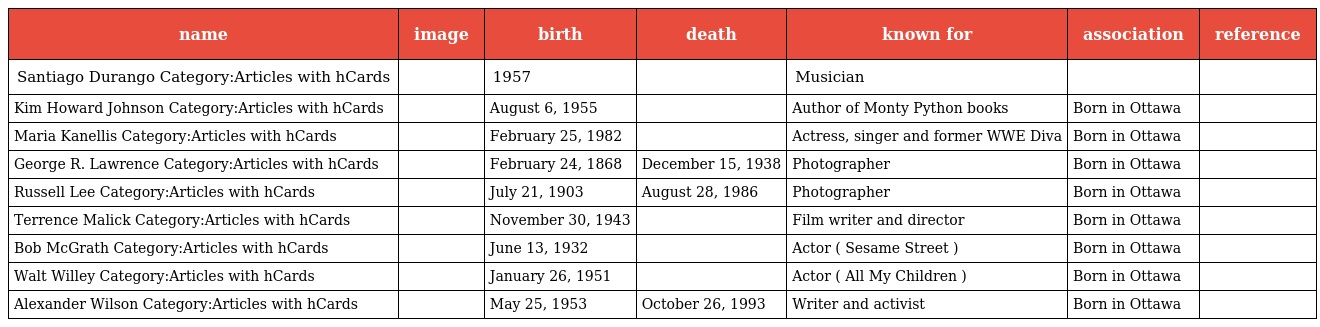
| name | image | birth | death | known for | association | reference |
 | --- | --- | --- | --- | --- | --- | --- |
 | Santiago Durango Category:Articles with hCards |  | 1957 |  | Musician |  |  |
 | Kim Howard Johnson Category:Articles with hCards |  | August 6, 1955 |  | Author of Monty Python books | Born in Ottawa |  |
 | Maria Kanellis Category:Articles with hCards |  | February 25, 1982 |  | Actress, singer and former WWE Diva | Born in Ottawa |  |
 | George R. Lawrence Category:Articles with hCards |  | February 24, 1868 | December 15, 1938 | Photographer | Born in Ottawa |  |
 | Russell Lee Category:Articles with hCards |  | July 21, 1903 | August 28, 1986 | Photographer | Born in Ottawa |  |
 | Terrence Malick Category:Articles with hCards |  | November 30, 1943 |  | Film writer and director | Born in Ottawa |  |
 | Bob McGrath Category:Articles with hCards |  | June 13, 1932 |  | Actor ( Sesame Street ) | Born in Ottawa |  |
 | Walt Willey Category:Articles with hCards |  | January 26, 1951 |  | Actor ( All My Children ) | Born in Ottawa |  |
 | Alexander Wilson Category:Articles with hCards |  | May 25, 1953 | October 26, 1993 | Writer and activist | Born in Ottawa |  |